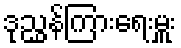
ဒုညွှန်ကြားရေးမှူး